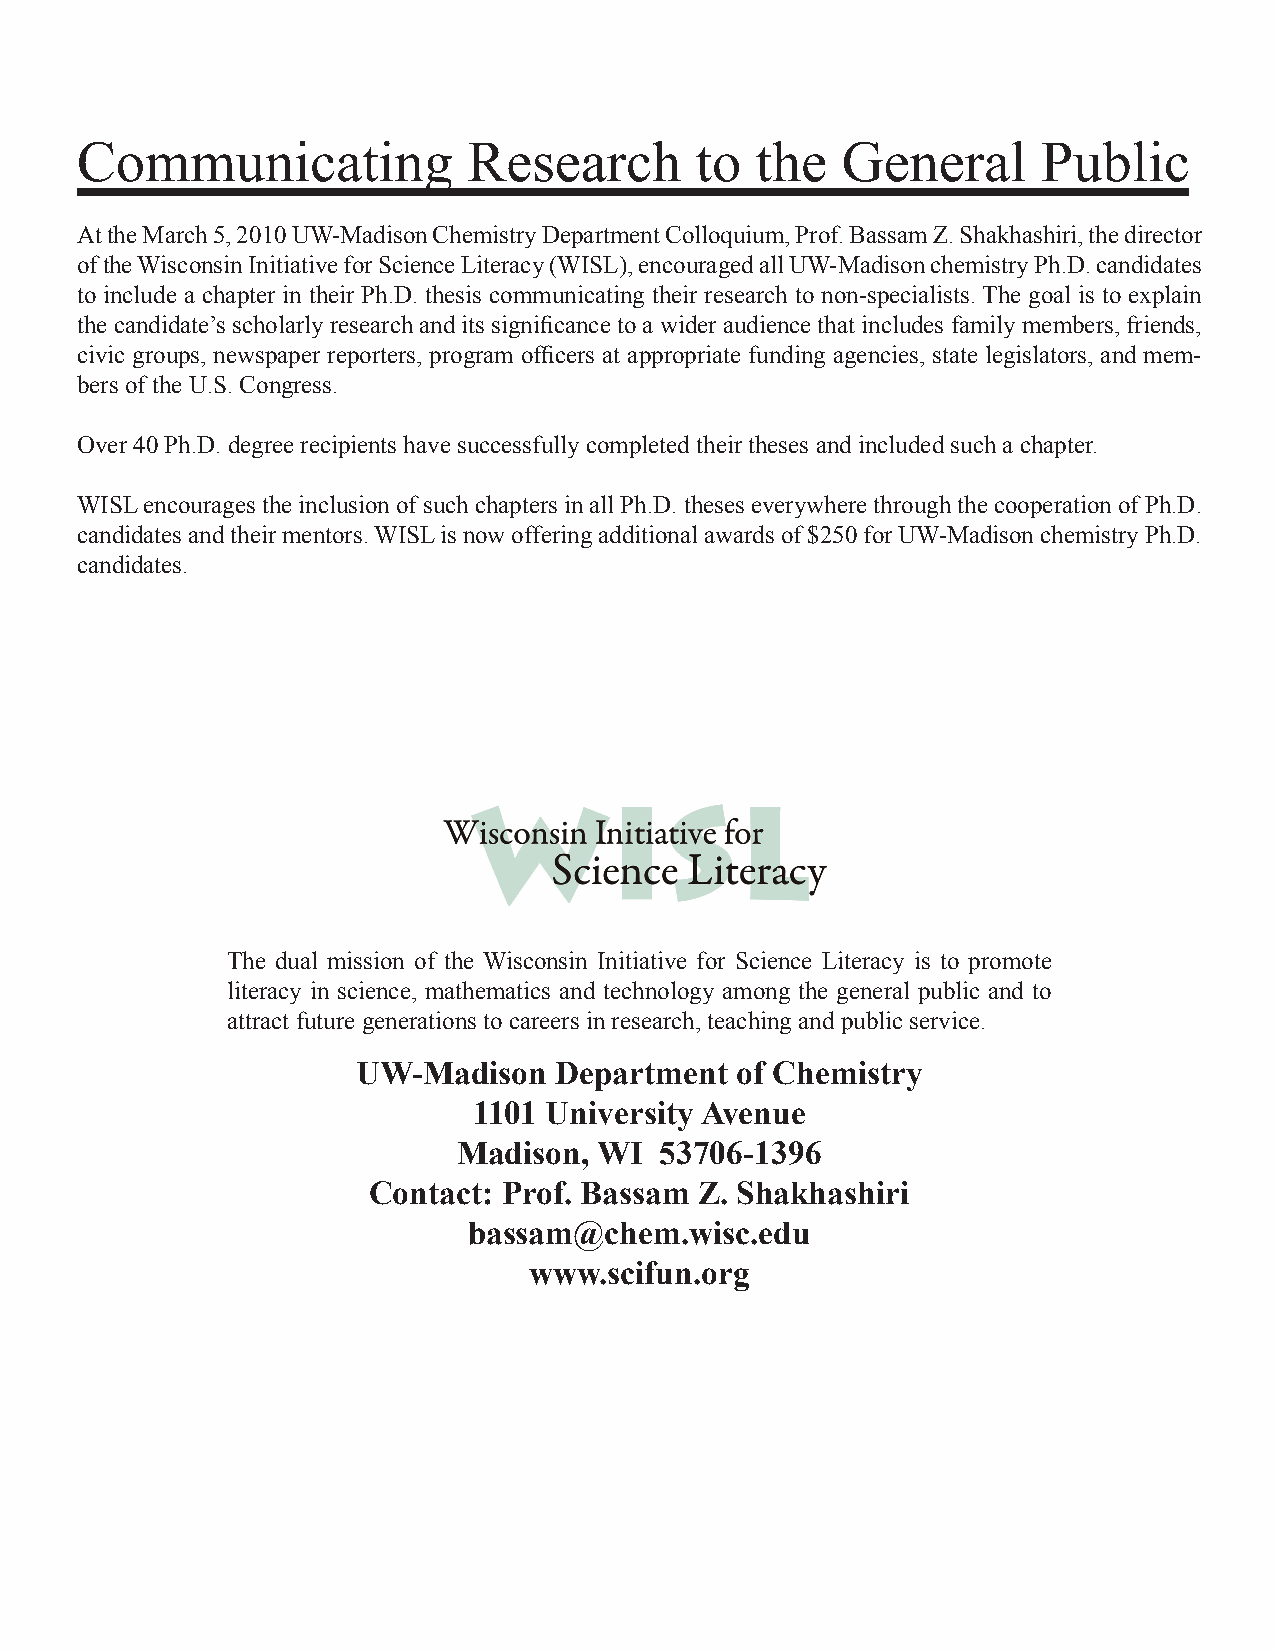
Communicating             Research       to  the   General      Public
 At the March 5, 2010 UW-Madison Chemistry Department Colloquium, Prof. Bassam Z. Shakhashiri, the director
 of the Wisconsin Initiative for Science Literacy (WISL), encouraged all UW-Madison chemistry Ph.D. candidates
 to include a chapter in their Ph.D. thesis communicating their research to non-specialists. The goal is to explain
 the candidate’s scholarly research and its significance to a wider audience that includes family members, friends,
 civic groups, newspaper reporters, program officers at appropriate funding agencies, state legislators, and mem-
 bers of the U.S. Congress.
 Over 40 Ph.D. degree recipients have successfully completed their theses and included such a chapter.
 WISL encourages the inclusion of such chapters in all Ph.D. theses everywhere through the cooperation of Ph.D.
 candidates and their mentors. WISL is now offering additional awards of $250 for UW-Madison chemistry Ph.D.
 candidates.
 The dual mission of the Wisconsin Initiative for Science Literacy is to promote
 literacy in science, mathematics and technology among the general public and to
 attract future generations to careers in research, teaching and public service.
 UW-Madison   Department  of Chemistry
 1101 University Avenue
 Madison,  WI  53706-1396
 Contact: Prof. Bassam Z. Shakhashiri
 bassam@chem.wisc.edu
 www.scifun.org